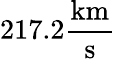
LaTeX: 217.2\frac{\mathrm{km}}{\mathrm{s}}